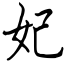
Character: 妃